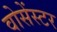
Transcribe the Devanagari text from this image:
वोसेंस्टर